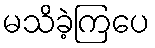
မသိခဲ့ကြပေ